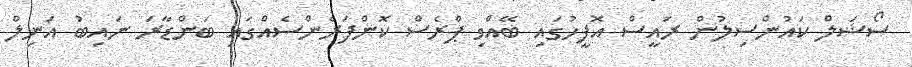
ސޯޝަލް ކައުންސިލުން ރައީސް އޮފީހުގައި ބޭއްވި ޕްރެސް ކޮންފަރެންސެއްގައި ބަންޑާރަ ނައިބު އަނިލް